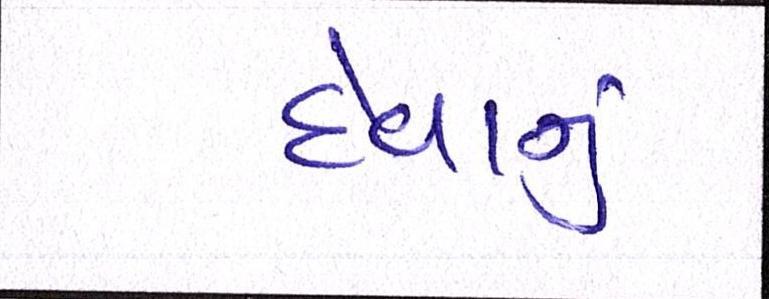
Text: દેવાનું